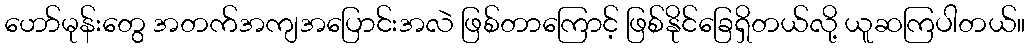
ဟော်မုန်းတွေ အတက်အကျအပြောင်းအလဲ ဖြစ်တာကြောင့် ဖြစ်နိုင်ခြေရှိတယ်လို့ ယူဆကြပါတယ်။